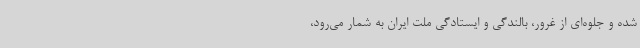
شده و جلوه‌ای از غرور، بالندگی و ایستادگی ملت ایران به شمار می‌رود،